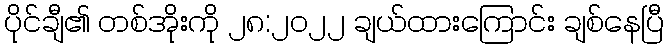
ပိုင်ချီ၏ တစ်အိုးကို ၂၈:၂၀၂၂ ချယ်ထားကြောင်း ချစ်နေပြီ